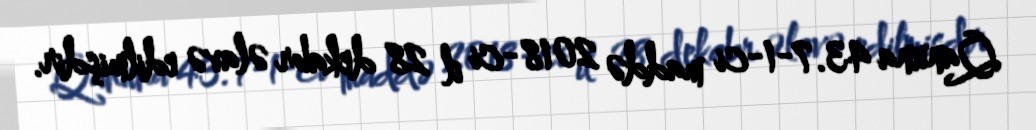
Qanuna 43.7-1-ci maddə 2018-ci il 28 dekabr əlavə edilmişdir.